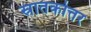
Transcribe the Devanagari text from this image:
स्रातकोत्तर